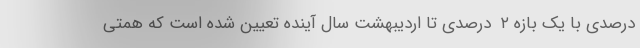
درصدی با یک بازه ۲  درصدی تا اردیبهشت سال آینده تعیین شده است که همتی